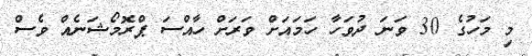
މި މަހުގެ 30 ވަނަ ދުވަހާ ހަމައަށް ވަރަށް ހާއްސަ ޕްރޮމޯޝަނެއް ވެސް